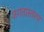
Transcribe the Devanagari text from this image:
जगतास्तरण